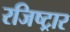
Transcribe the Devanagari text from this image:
रजिष्ट्रार